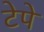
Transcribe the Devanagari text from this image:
टेपे